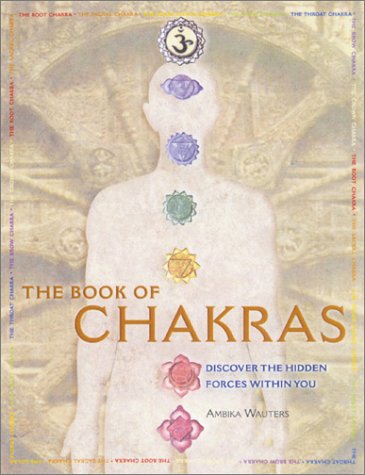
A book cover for The Book of Chakras: Discover the Hidden Forces Within You; Ambika Wauters; Religion & Spirituality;